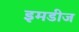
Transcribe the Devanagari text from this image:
इमडीज